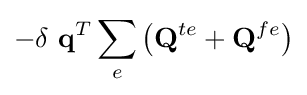
-\delta \ \mathbf {q} ^{T}\sum _{e}\left(\mathbf {Q} ^{te}+\mathbf {Q} ^{fe}\right)